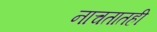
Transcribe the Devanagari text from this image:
नाचतातही